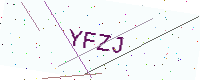
Text: YFZJ